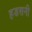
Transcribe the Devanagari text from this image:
हडसनी